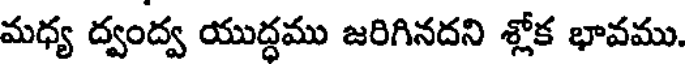
మధ్య ద్వంద్వ యుద్ధము జరిగినదని శ్లోక భావము.